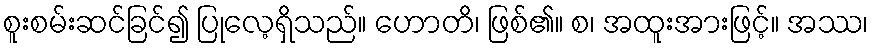
စူးစမ်းဆင်ခြင်၍ ပြုလေ့ရှိသည်။ ဟောတိ၊ ဖြစ်၏။ စ၊ အထူးအားဖြင့်။ အဿ၊